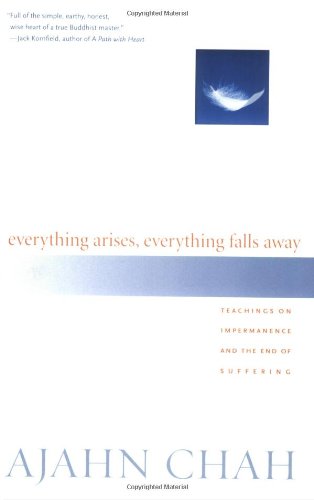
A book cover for Everything Arises, Everything Falls Away: Teachings on Impermanence and the End of Suffering; Ajahn Chah; Religion & Spirituality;